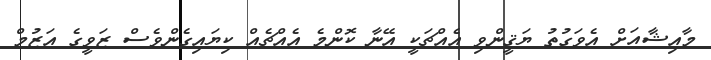
މާއިޝާއަށް އެވަގުތު ޔަޤީންވި އެއްޗަކީ އޭނާ ކޮންމެ އެއްޗެއް ކިޔައިގެންވެސް ޒަވީގެ އަޒުމް